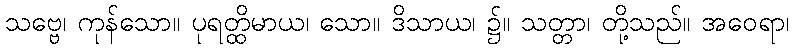
သဗ္ဗေ၊ ကုန်သော။ ပုရတ္ထိမာယ၊ သော။ ဒိသာယ၊ ၌။ သတ္တာ၊ တို့သည်။ အဝေရာ၊